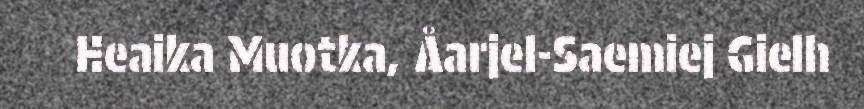
Heaika Muotka, Åarjel-Saemiej Gielh